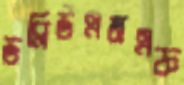
ডব্লিউএমএফ